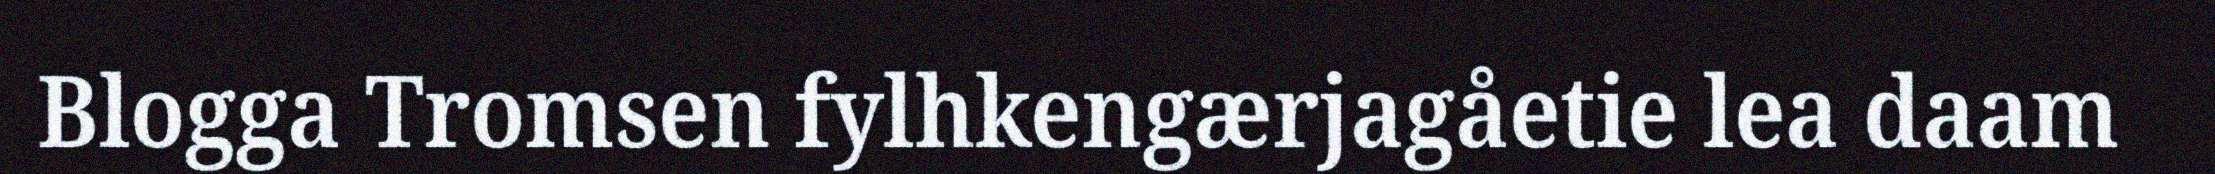
Blogga Tromsen fylhkengærjagåetie lea daam